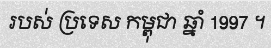
របស់ ប្រទេស កម្ពុជា ឆ្នាំ 1997 ។